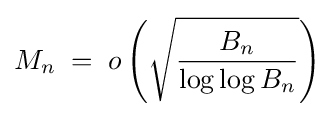
M_{n}\;=\;o\left({\sqrt {\frac {B_{n}}{\log \log B_{n}}}}\right)